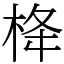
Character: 栙